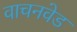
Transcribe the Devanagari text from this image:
वाचनवेड